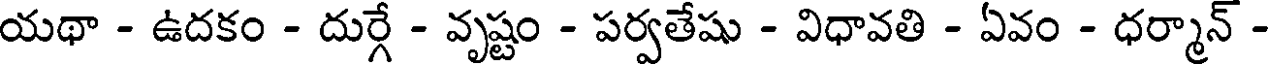
యథా - ఉదకం - దుర్గే - వృష్టం - పర్వతేషు - విధావతి - ఏవం - ధర్మాన్ -